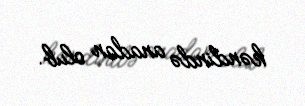
kəndində anadan olub.